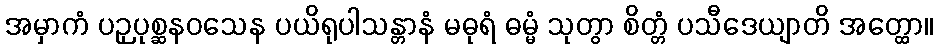
အမှာကံ ပဉှပုစ္ဆနဝသေန ပယိရုပါသန္တာနံ မဓုရံ ဓမ္မံ သုတွာ စိတ္တံ ပသီဒေယျာတိ အတ္ထော။